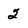
Character: 2